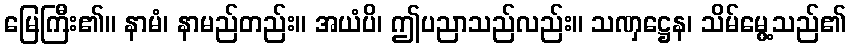
မြေကြီး၏။ နာမံ၊ နာမည်တည်း။ အယံပိ၊ ဤပညာသည်လည်း။ သဏှဋ္ဌေန၊ သိမ်မွေ့သည်၏